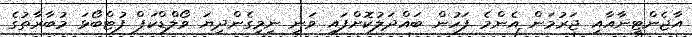
އާޖެންޓީނާއާއި ޖަރުމަން އެންމެ ފަހުން ބައްދަލުކޮށްފައި ވަނީ ނިމިގެންދިޔަ ވޯލްޑްކަޕް ފުޓްބޯޅަ މުބާރާތުގެ